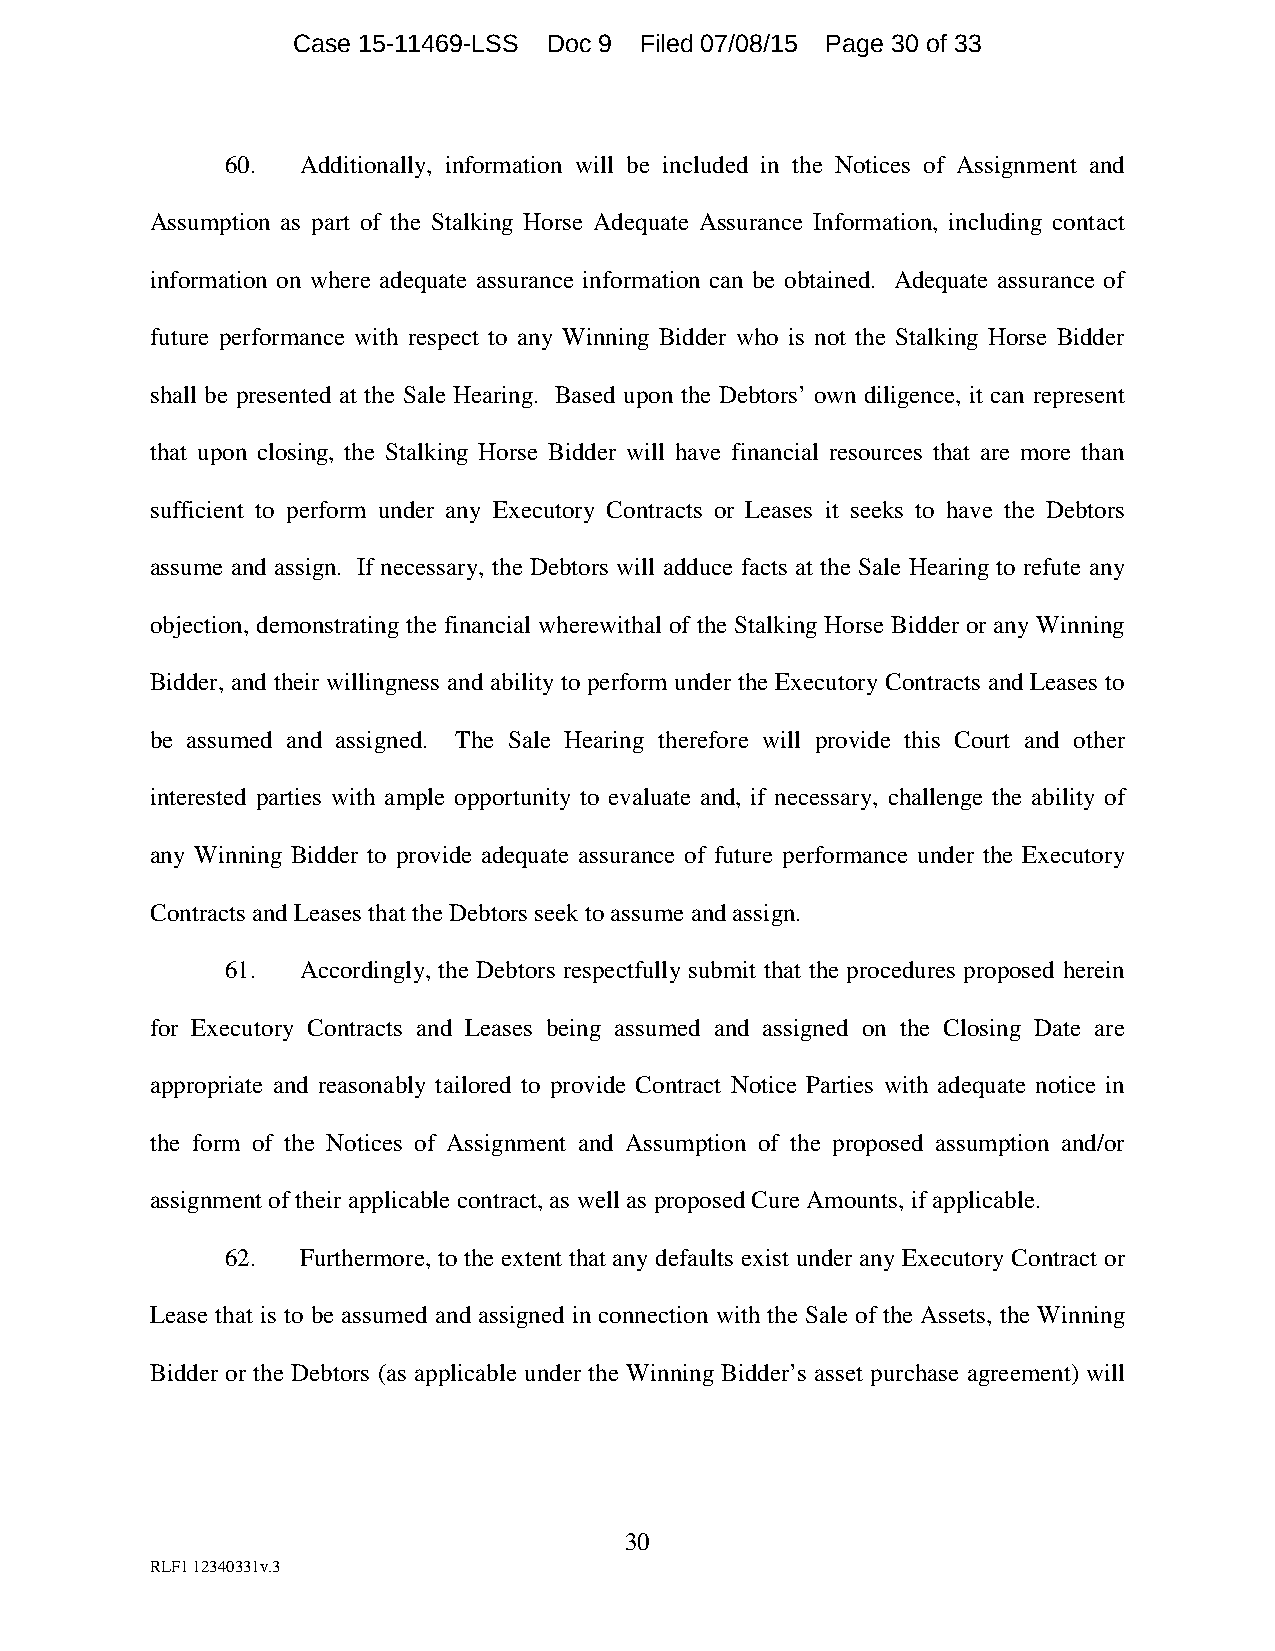
Case 15-11469-LSS Doc 9 Filed 07/08/15 Page 30 of 33
 60.  Additionally, information will be included in the Notices of Assignment and
 Assumption as part of the Stalking Horse Adequate Assurance Information, including contact
 information on where adequate assurance information can be obtained. Adequate assurance of
 future performance with respect to any Winning Bidder who is not the Stalking Horse Bidder
 shall be presented at the Sale Hearing. Based upon the Debtors’ own diligence, it can represent
 that upon closing, the Stalking Horse Bidder will have financial resources that are more than
 sufficient to perform under any Executory Contracts or Leases it seeks to have the Debtors
 assume and assign. If necessary, the Debtors will adduce facts at the Sale Hearing to refute any
 objection, demonstrating the financial wherewithal of the Stalking Horse Bidder or any Winning
 Bidder, and their willingness and ability to perform under the Executory Contracts and Leases to
 be assumed and assigned. The Sale Hearing therefore will provide this Court and other
 interested parties with ample opportunity to evaluate and, if necessary, challenge the ability of
 any Winning Bidder to provide adequate assurance of future performance under the Executory
 Contracts and Leases that the Debtors seek to assume and assign.
 61.  Accordingly, the Debtors respectfully submit that the procedures proposed herein
 for Executory Contracts and Leases being assumed and assigned on the Closing Date are
 appropriate and reasonably tailored to provide Contract Notice Parties with adequate notice in
 the form of the Notices of Assignment and Assumption of the proposed assumption and/or
 assignment of their applicable contract, as well as proposed Cure Amounts, if applicable.
 62.  Furthermore, to the extent that any defaults exist under any Executory Contract or
 Lease that is to be assumed and assigned in connection with the Sale of the Assets, the Winning
 Bidder or the Debtors (as applicable under the Winning Bidder’s asset purchase agreement) will
 30
 RLF1 12340331v.3